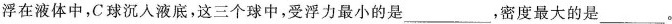
浮在液体中，C球沉入液底，这三个球中，受浮力最小的是___，密度最大的是___.